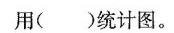
用( )统计图。